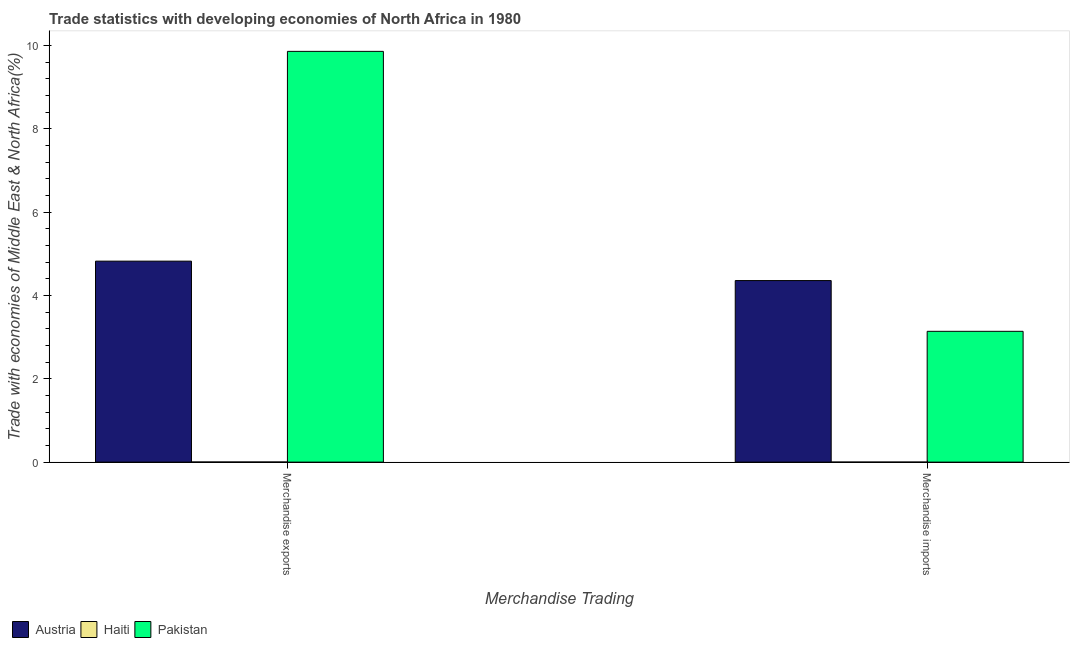
| Merchandise Trading | Austria | Haiti | Pakistan |
 | --- | --- | --- | --- |
 | Merchandise exports | 4.83 | 0.00266 | 9.86 |
 | Merchandise imports | 4.36 | 0.000565 | 3.14 |